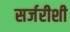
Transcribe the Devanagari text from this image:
सर्जरीशी